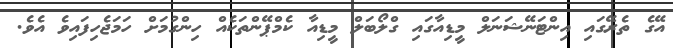
އޭގެ ތެރޭގައި އިންޓަނޭޝަނަލް މީޑިއާގައި ގްލޯބަލް މީޑިއާ ކެމްޕޭންތަކެއް ހިންގުމަށް ހަމަޖެހިފައިވެ އެވެ.